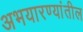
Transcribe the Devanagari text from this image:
अभयारण्यांतील